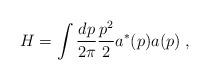
LaTeX: \begin{align*}H = \int {dp \over 2\pi}{p^2\over 2} a^*(p) a(p) \; ,\end{align*}